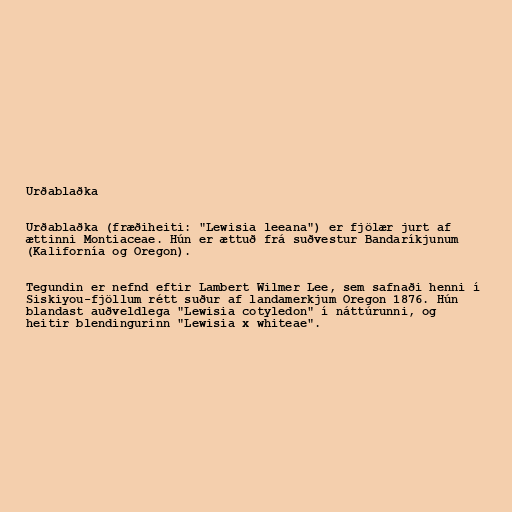
Urðablaðka

Urðablaðka (fræðiheiti: "Lewisia leeana") er fjölær jurt af
ættinni Montiaceae. Hún er ættuð frá suðvestur Bandaríkjunum
(Kalifornía og Oregon).

Tegundin er nefnd eftir Lambert Wilmer Lee, sem safnaði henni í
Siskiyou-fjöllum rétt suður af landamerkjum Oregon 1876. Hún
blandast auðveldlega "Lewisia cotyledon" í náttúrunni, og
heitir blendingurinn "Lewisia x whiteae".